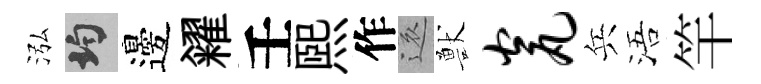
泓均邊糴壬煕作還獸瓮兵浯竿